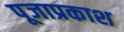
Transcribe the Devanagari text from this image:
पूजाप्रकाश